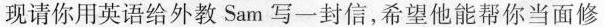
现请你用英语给外教Sam写一封信，希望他能帮你当面修